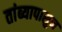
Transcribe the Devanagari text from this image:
तांब्यापासुन